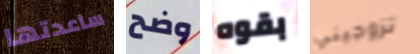
ساعدتها وضح بقوه تزوجيني